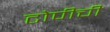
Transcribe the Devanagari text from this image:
टोपीची